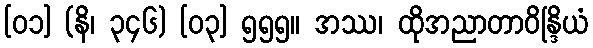
[၀၁] (နိ၊ ၃၄၆) [၀၃] ၅၅၅။ အဿ၊ ထိုအညာတာဝိန္ဒြိယံ